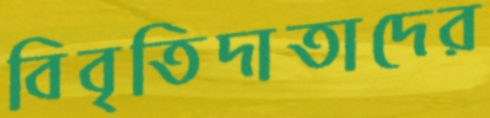
বিবৃতিদাতাদের